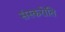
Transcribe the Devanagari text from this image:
संस्करोति